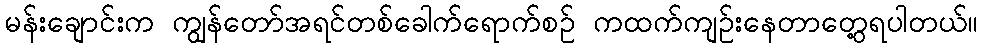
မန်းချောင်းက ကျွန်တော်အရင်တစ်ခေါက်ရောက်စဉ် ကထက်ကျဉ်းနေတာတွေ့ရပါတယ်။